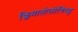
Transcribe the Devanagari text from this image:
क्लिमातोलोगिस्ट्स